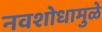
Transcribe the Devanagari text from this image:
नवशोधामुळे